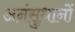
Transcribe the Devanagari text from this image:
अनंसुधानों